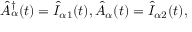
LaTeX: \hat { A } _ { \alpha } ^ { \dagger } ( t ) = \hat { I } _ { \alpha 1 } ( t ) , \hat { A } _ { \alpha } ( t ) = \hat { I } _ { \alpha 2 } ( t ) ,